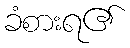
ခံစားရ၏